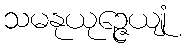
သမနုယုဉ္ဇေယျုံ